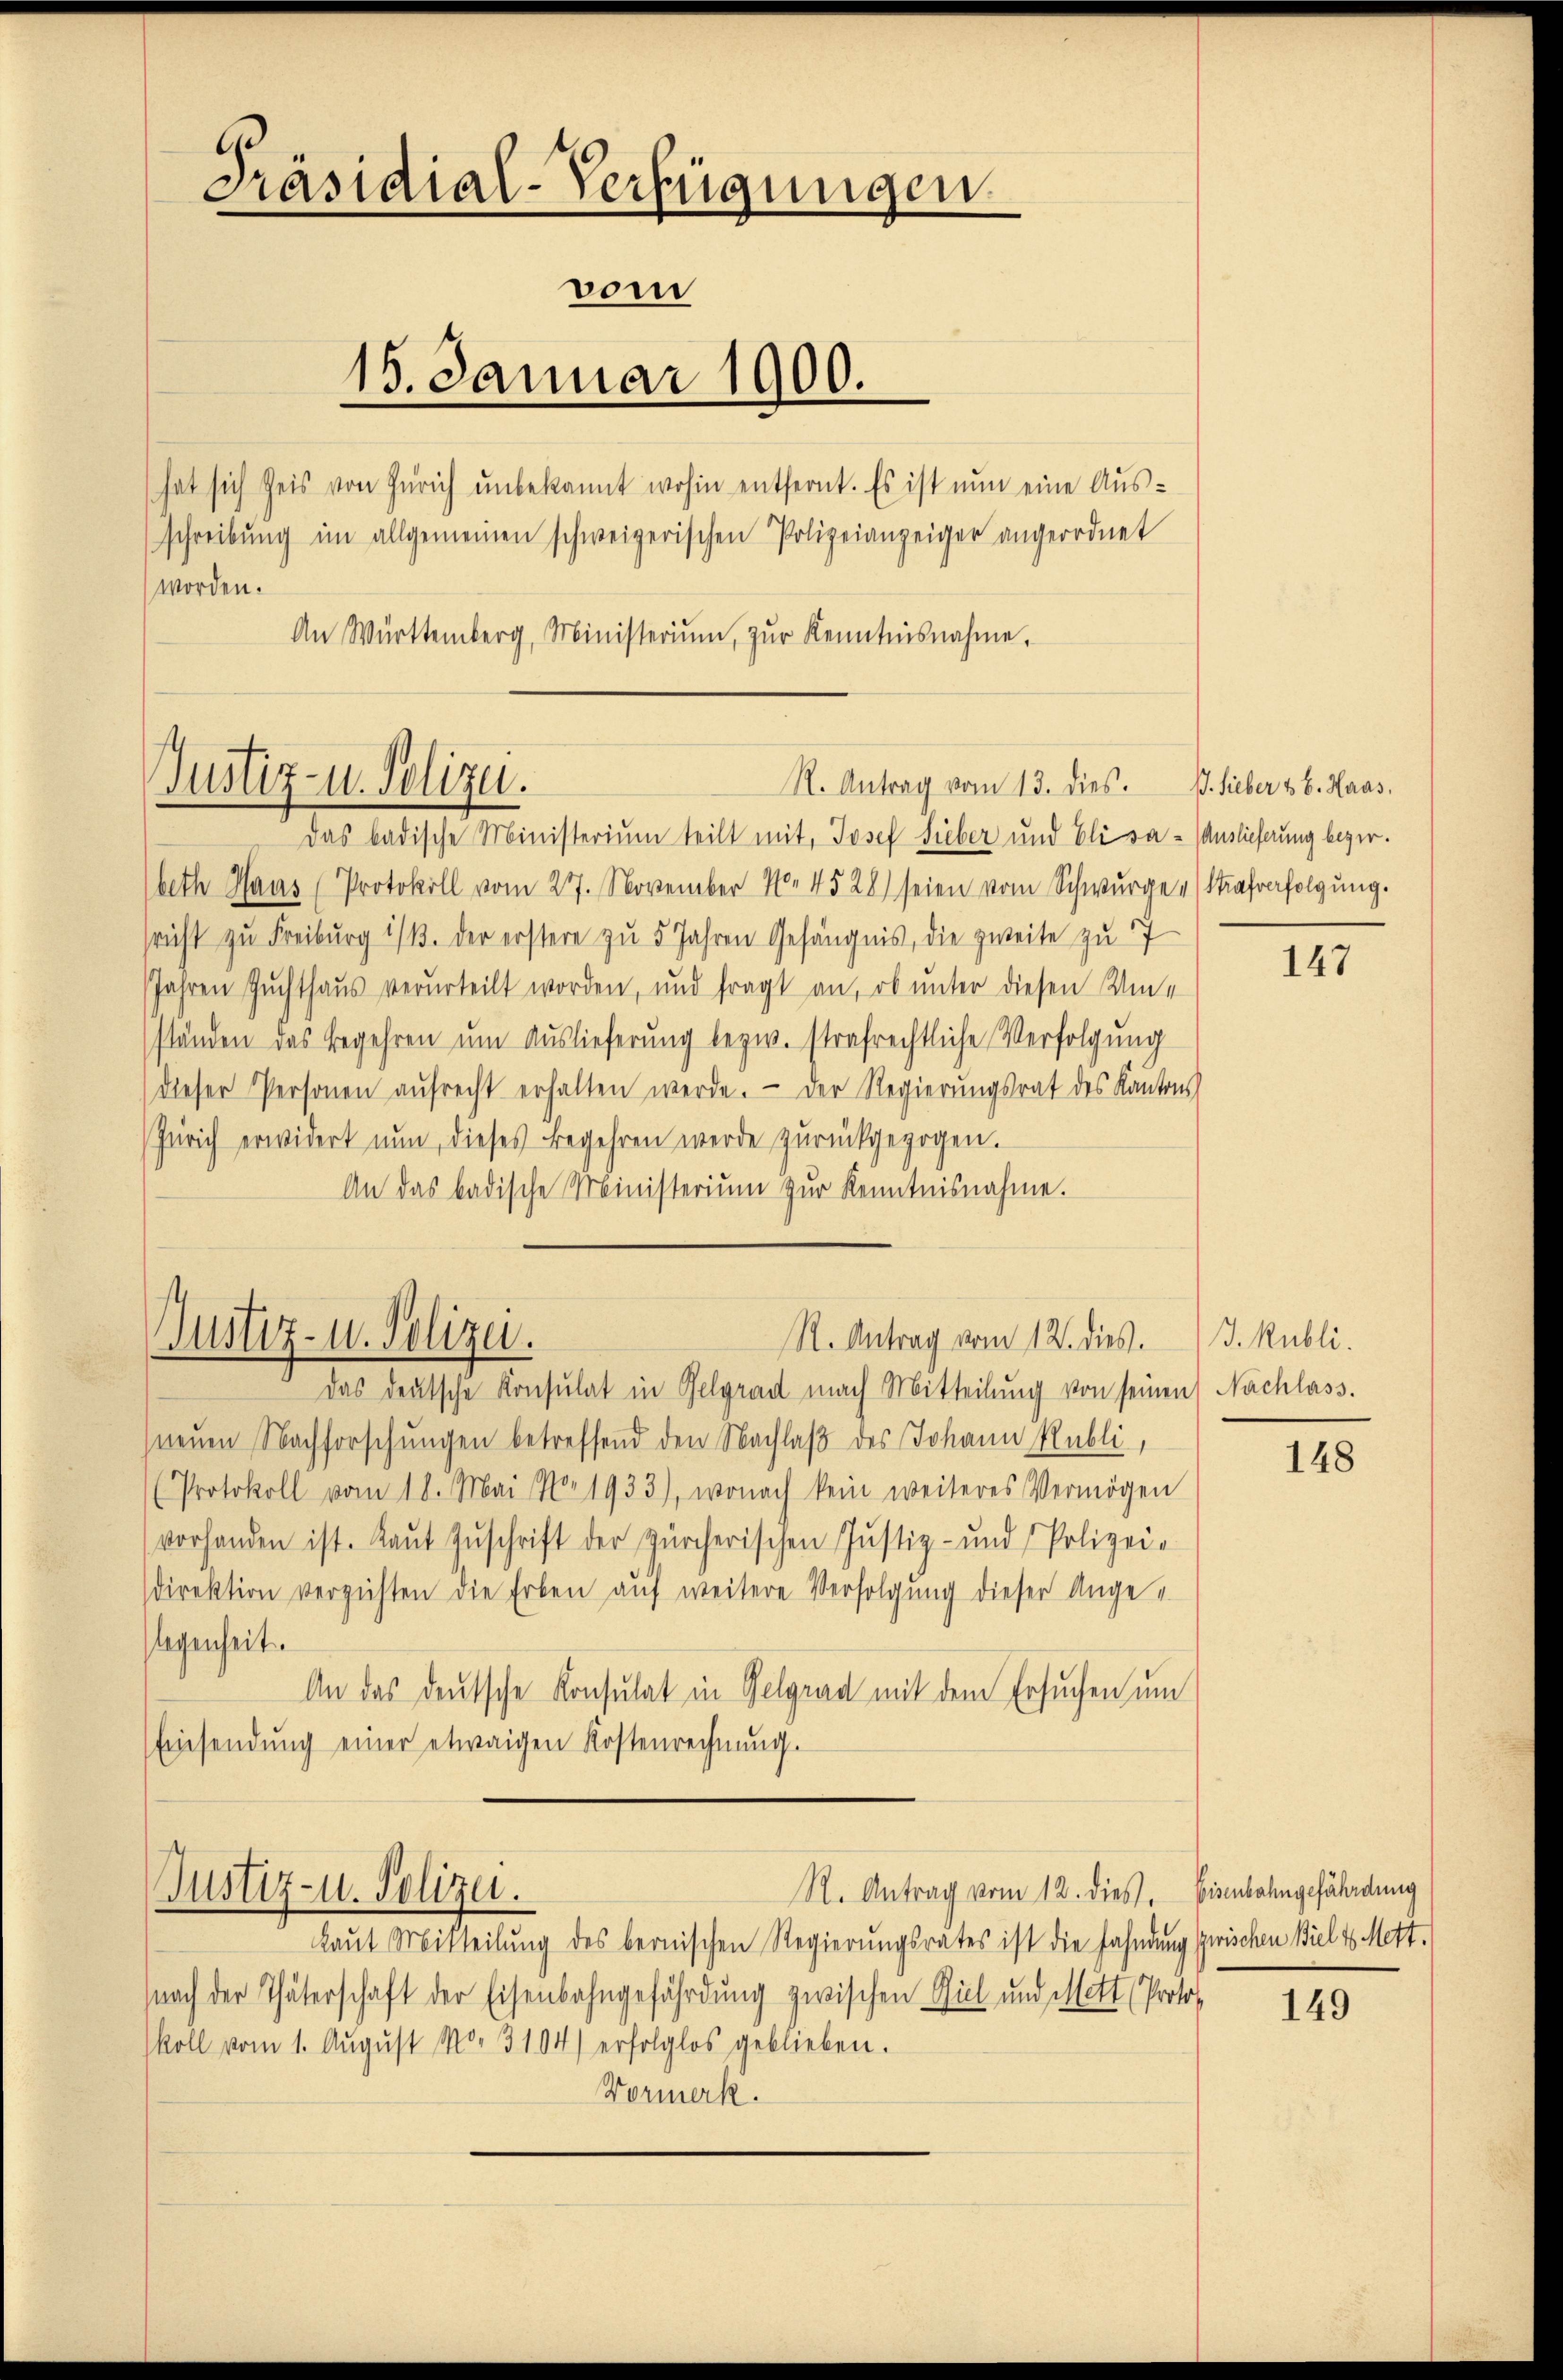
Präsidial-Verfügungen.
vom
15. Januar 1900.
hat sich heis von Zürich unbekannt wohin entfernt. Es ist nun eine Ausschreibŭng im allgemeinen schweizerischen Polizeianzeiger angeordnet
worden.
An Württemberg, Ministerium, zŭr Kenntnisnahme,

Justiz- u. Polizei.

Das badische Ministerium teilt mit, Josef Sieber und Elisa- Auslieferung bezirbeth Haus (Protokoll vom 27. November 14528) seien vom Schwurger (Straferfolgung.
sricht zu Freiburg 1/3. der erstere zŭ 5 Jahren Gefängnis, die zweite zu 7
Jahren Zuchthaus verurteilt worden, und fragt an, ob unter diesen Um-
ständen das Begehren um Auslieferung bezw. strafrechtliche Verfolgung
dieser Personen aŭfrecht erhalten werde. Der Regierungsrat des Kantons
Zürich erwidert nun, dieses begehren werde zurückgezogen.
An das badische Ministerium zur Kenntnisnahme.

Justiz- u. Polizei.

R. Antrag vom 13. dies. B. Sieber & B. Haas,

R. Antrag vom 12. dies. J. Rubli

R. Antrag vom 12. dies. Eisenbahngefährdung
Justiz- u. Polizei.

Laut Mitteilung des bernischen Regierungsrates ist die Fahndung zwischen Biel 4 Mettnach der Thäterschaft der Eisenbahngefährdung zwischen Spiel und Mitt Protokoll vom 1. Aŭgŭst No. 3104) erfolglos geblieben.
Vormerk.

Das deutsche Konsulat in Gelgrad nach Mitteilung von seinen Nachlass.
neŭen Nachforschŭngen betreffend den Nachlaβ des Johann Publi,
(Protokoll vom 18. Mai No. 1933), wonach kein weiteres Vermögen
vorhanden ist. Kaŭt Zŭschrift der Zürcherischen Justiz- und Polizei-
sdirektion verzichten die Erben aŭf weitere Verfolgung dieser Angelegenheit.
An das deutsche Konsulat in Gelgrad mit dem Ersuchen um
Einsendŭng einer etwaigen Kostenrechnŭng.

147

148

149